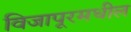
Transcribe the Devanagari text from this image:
विजापूरमधील